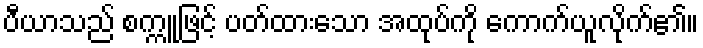
ပီယာသည် စက္ကူဖြင့် ပတ်ထားသော အထုပ်ကို ကောက်ယူလိုက်၏။